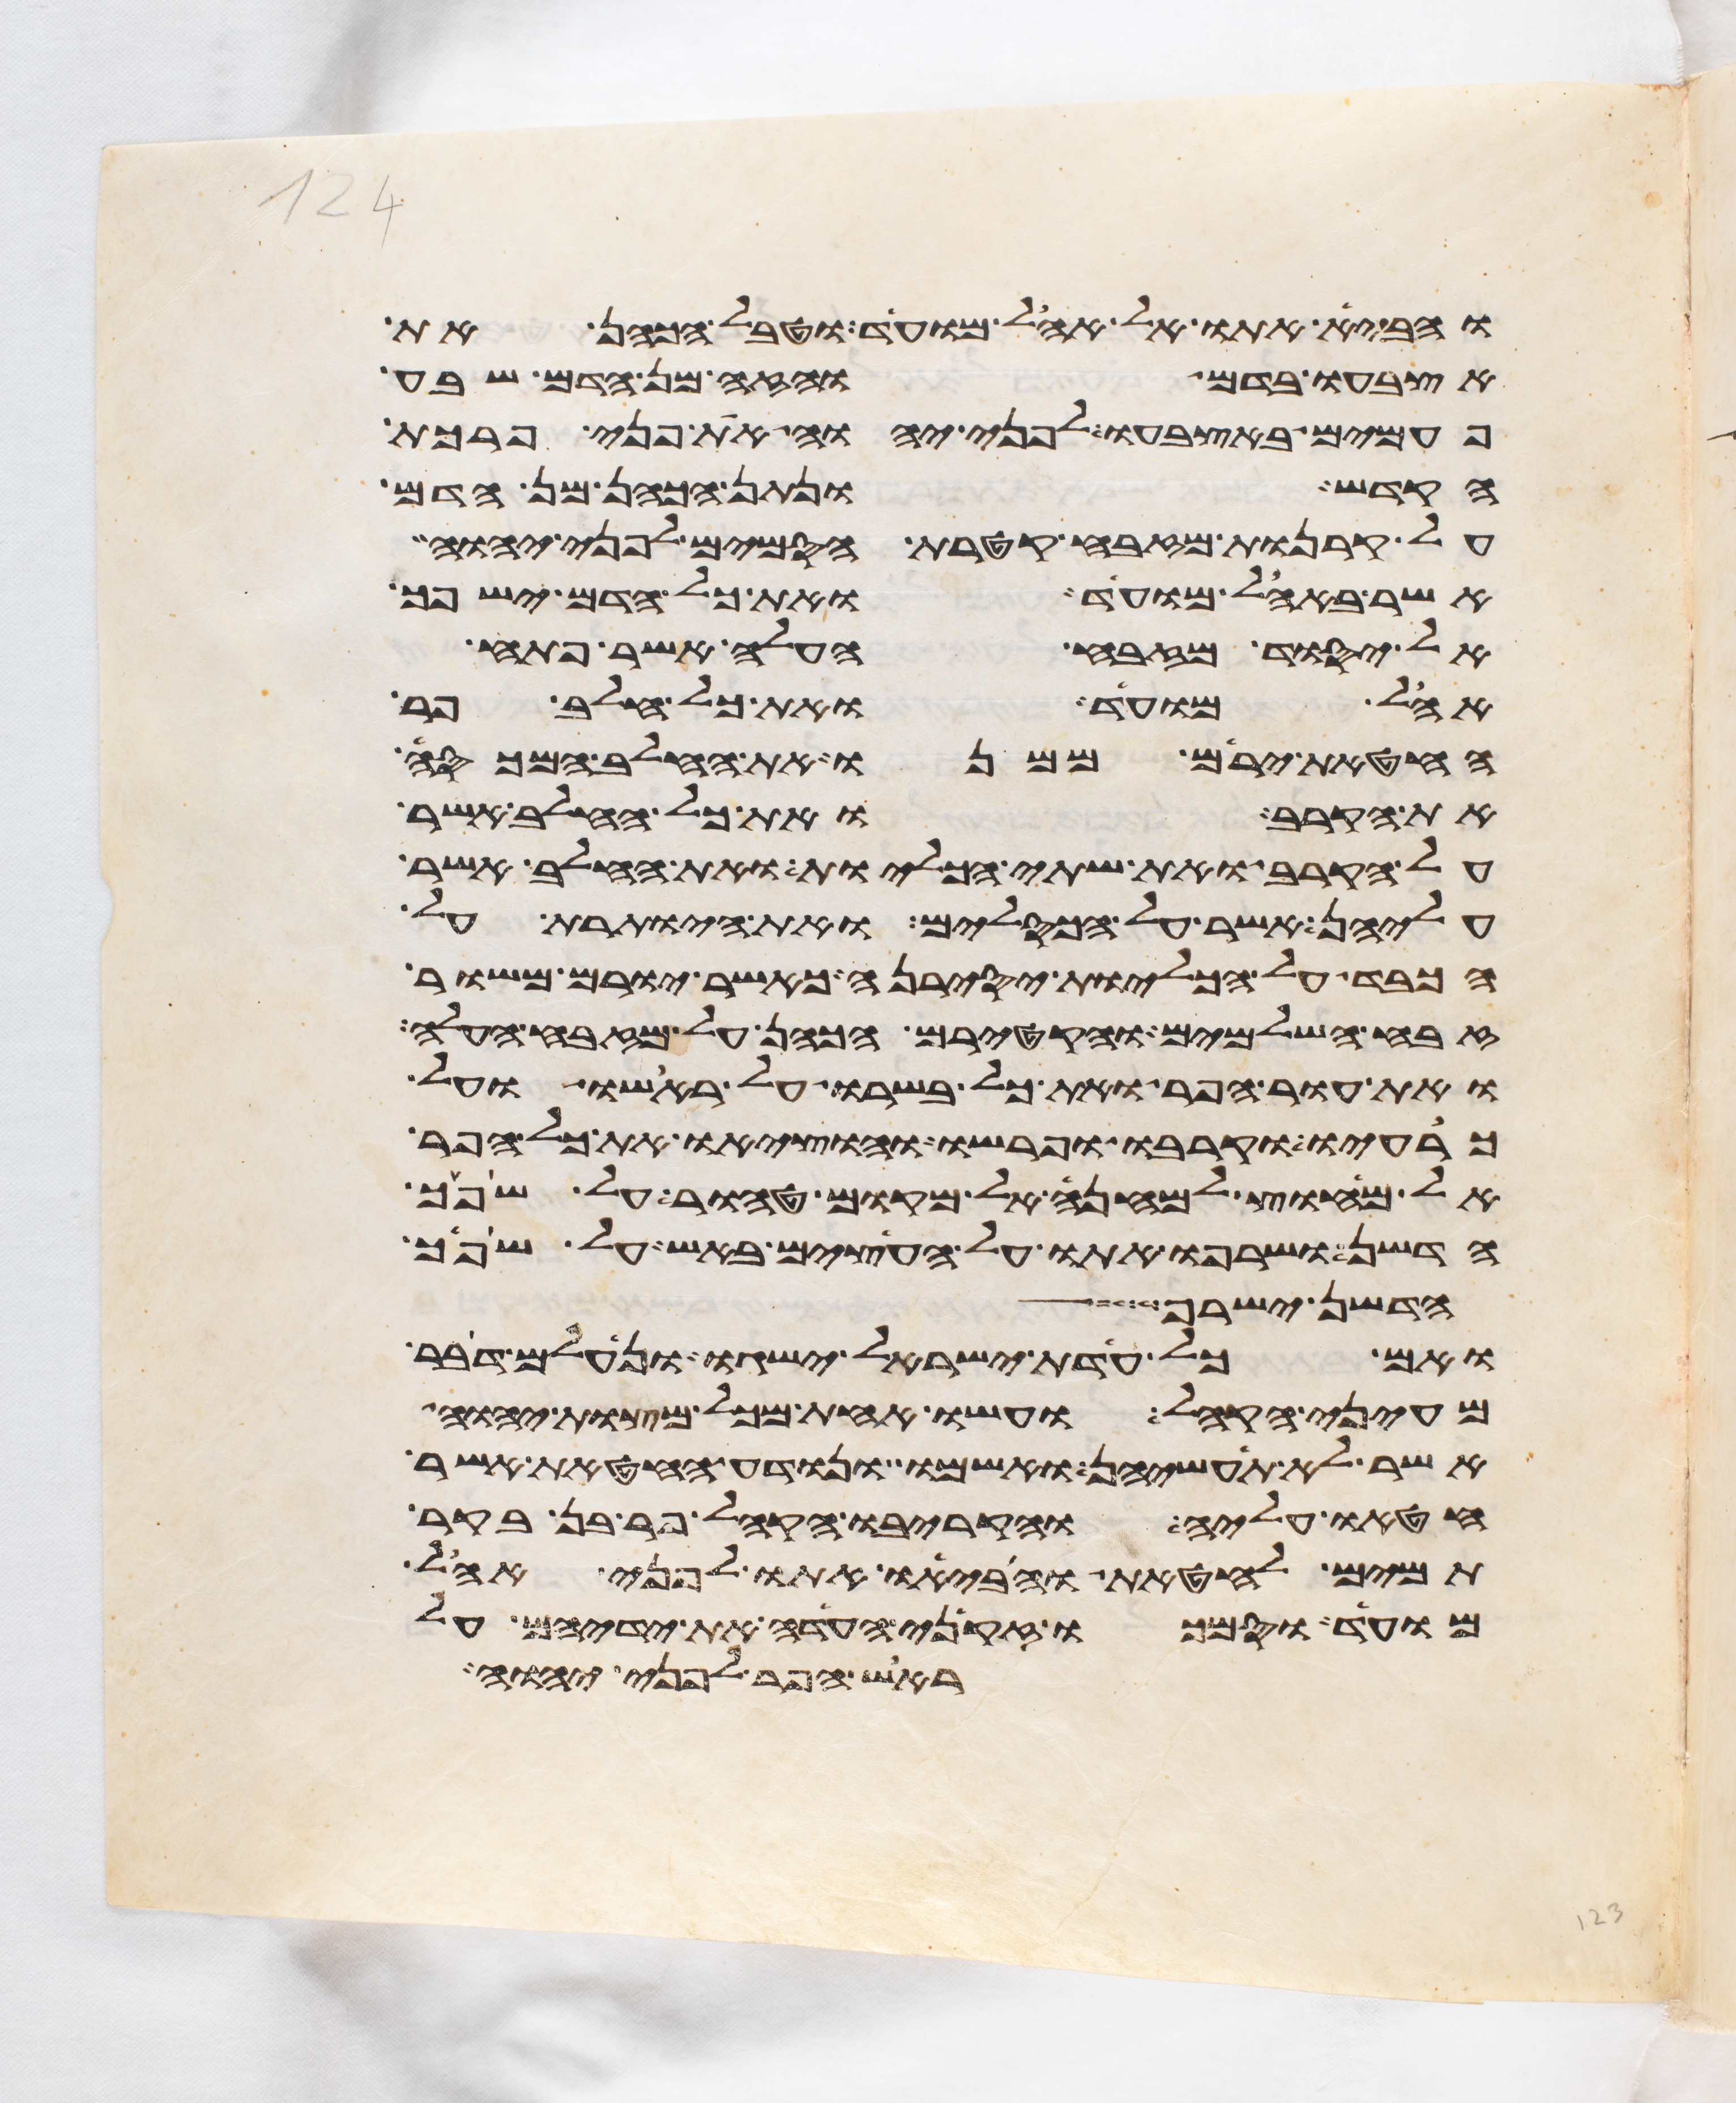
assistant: והביא אתו אל אהל מועד וטבל הכהן את
אצבעו בדם והזה מן הדם שבע
פעמים באצבעו לפני יהוה את פני פרכת
הקדש ונתן הכהן מן הדם
על קרנות המזבח קטרת הסמים לפני יהוה
אשר באהל מועד ואת כל הדם ישפך
אל יסוד מזבח העלה אשר פתח
אהל מועד ואת כל חלב פר
החטאת ירים ממנו את החלב המכסה
את הקרב ואת כל החלב אשר
על הקרב ואת שתי הכליות ואת החלב אשר
עליהן אשר על הכסלים ואת היותרת על
הכבד על הכליות יסירנה כאשר יורם משור
זבח השלמים והקטירם הכהן על מזבח העלה
ואת עור הפר ואת כל בשרו על ראשו ועל
כרעיו וקרבו ופרשו והוציאו את כל הפר
אל מחוץ למחנה אל מקום טהור על שפך
הדשן ושרפו אתו על העצים באש על שפך
הדשן ישרף
ואם כל עדת ישראל ישגו ונעלם דבר
מעיני הקהל ועשו אחת מכל מצות יהוה
אשר לא תעשיהן ואשמו ונודע החטאת אשר
חטאו עליה והקריבו הקהל פר בן בקר
תמים לחטאת והביאו אתו לפני אהל
מועד וסמכו זקני העדה את ידיהם על
ראש הפר לפני יהוה